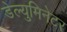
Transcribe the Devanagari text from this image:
डेल्युमिनेटर